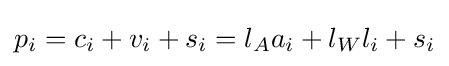
p_{i}=c_{i}+v_{i}+s_{i}=l_{A}a_{i}+l_{W}l_{i}+s_{i}